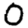
Digit: 0